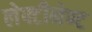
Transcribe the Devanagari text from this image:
लेफ्टीनेण्ट